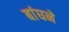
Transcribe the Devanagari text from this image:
बांघने